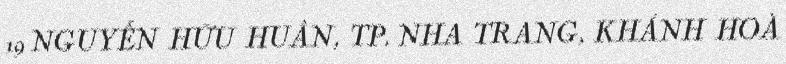
19 NGUYỄN HỮU HUÂN, TP. NHA TRANG, KHÁNH HOÀ